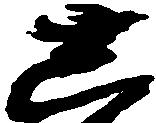
し